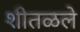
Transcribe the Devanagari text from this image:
शीतळले